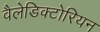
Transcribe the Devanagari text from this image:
वैलेडिक्टोरियन